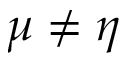
\mu \neq \eta